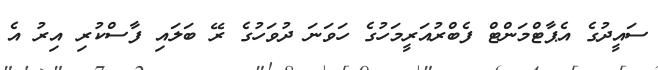
ސައީދުގެ އެޕާޓްމަންޓް ފެބްރުއަަރީމަހުގެ ހަވަނަ ދުވަހުގެ ރޭ ބަލައި ފާސްކުރި އިރު އެ